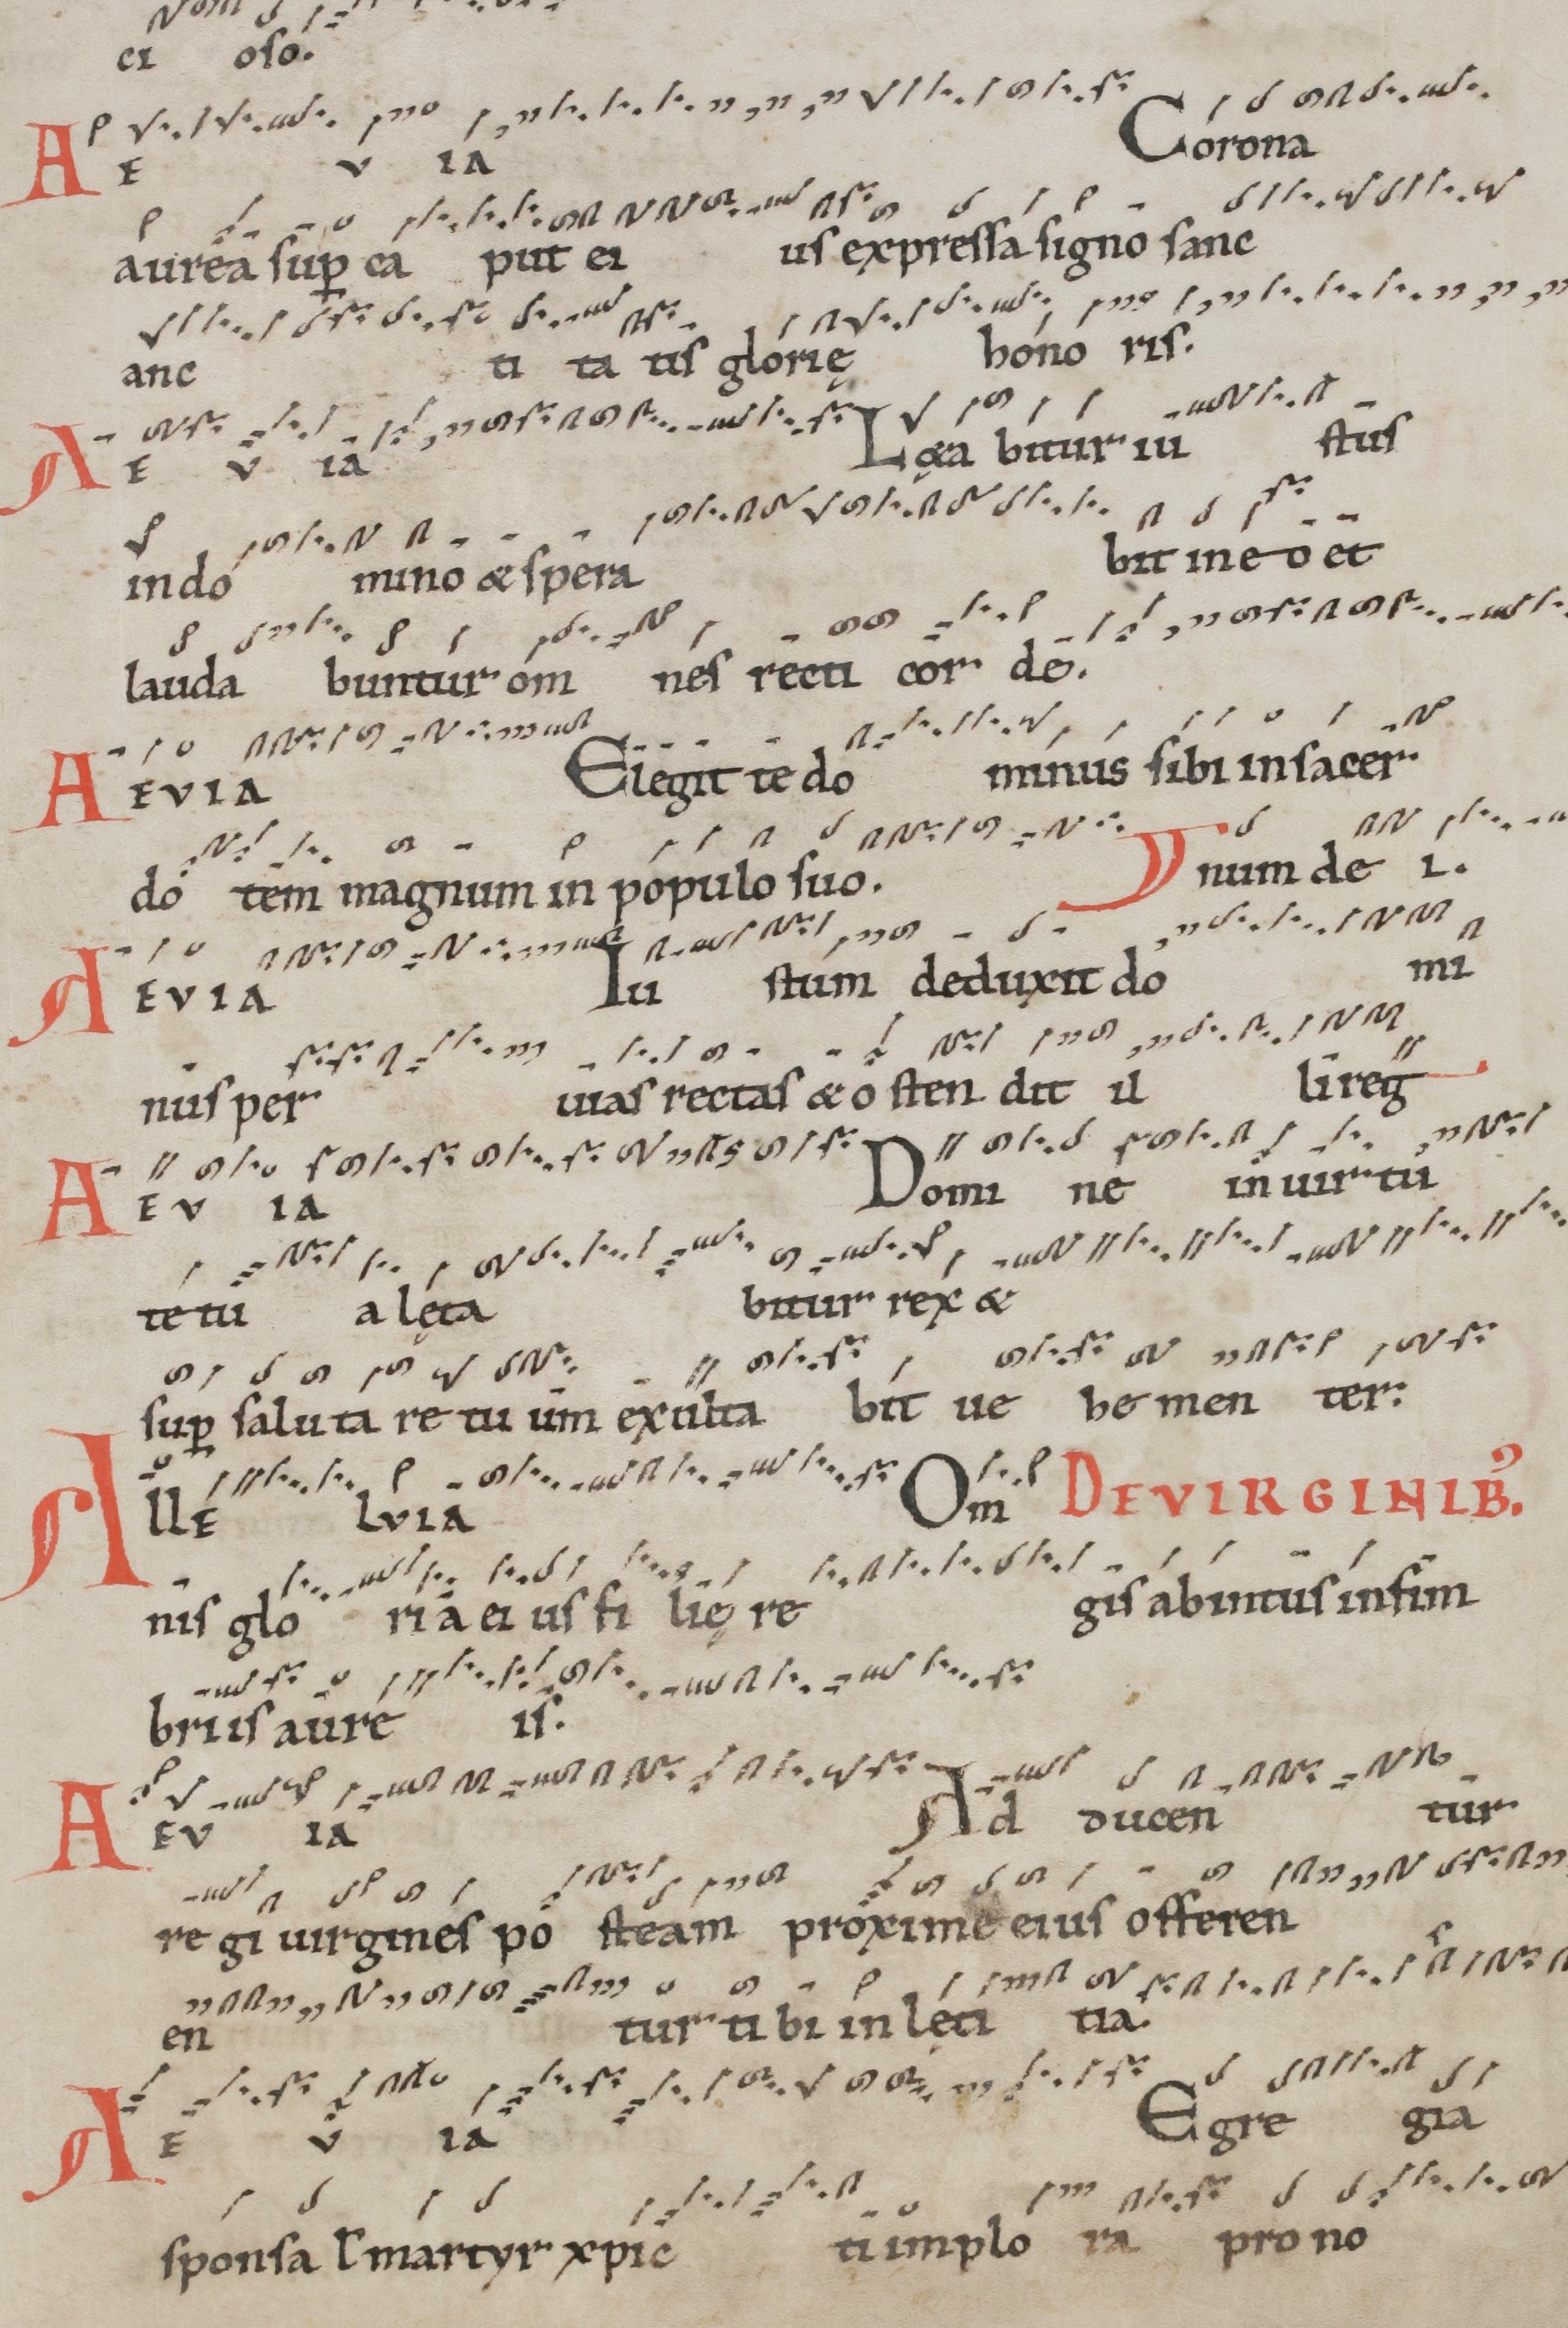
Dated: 1100–1199